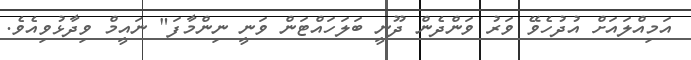
އަމިއްލައަށް އުދުހެވޭ ވަރު ވަންދެން ދޫނީ ބަލަހައްޓަން ވަނީ ނިންމާފަ" ނައީމް ވިދާޅުވިއެވެ.